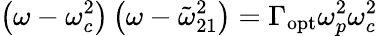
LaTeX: \left(\omega-\omega_{c}^{2}\right)\left(\omega-\tilde{\omega}_{21}^{2}\right)=\Gamma_{\mathrm{opt}}\omega_{p}^{2}\omega_{c}^{2}